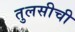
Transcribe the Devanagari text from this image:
तुलसीची